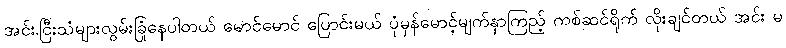
အင်း.ငြီးသံများလွမ်းခြုံနေပါတယ် မောင်မောင် ပြောင်းမယ် ပုံမှန်မောင့်မျက်နှာကြည့် ကစ်ဆင်ရိုက် လိုးချင်တယ် အင်း မ